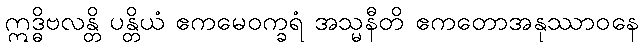
ဣဒ္ဓိဗလန္တိ ပန္တိယံ ဧကမေဝက္ခရံ အသ္မနီတိ ဧကတောအနုဿာဝနေ